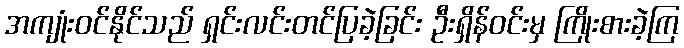
အကျုံးဝင်နိုင်သည် ရှင်းလင်းတင်ပြခဲ့ခြင်း ဦးရှိန်ဝင်းမှ ကြိုးစားခဲ့ကြ